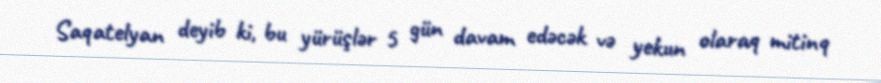
Saqatelyan deyib ki, bu yürüşlər 5 gün davam edəcək və yekun olaraq mitinq